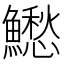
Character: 𩼗